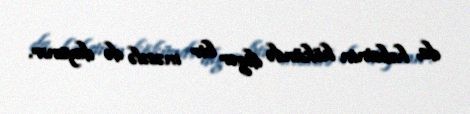
da, həbsinin kökündə digər bir məsələ də dayanır.